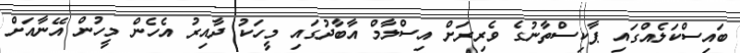
ބައިސްކަލެއްގައި ޕާކިސްތާނުގެ ވެރިރަށް އިސްލާމް އާބާދުގައި މީހަކު ދާއިރު އެހެން މީހުން އޭނާއަށް